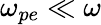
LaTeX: \omega_{pe}\ll\omega